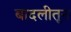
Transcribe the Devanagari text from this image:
बादलीतून